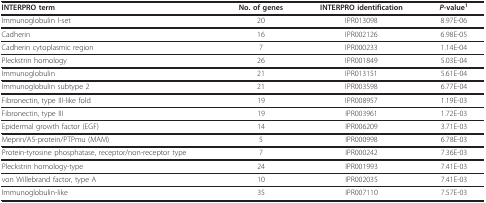
| INTERPRO term | No. of genes | INTERPRO identification | P-value1 |
 | --- | --- | --- | --- |
 | Immunoglobulin I-set | 20 | IPR013098 | 8.97E-06 |
 | Cadherin | 16 | IPR002126 | 6.98E-05 |
 | Cadherin cytoplasmic region | 7 | IPR000233 | 1.14E-04 |
 | Pleckstrin homology | 26 | IPR001849 | 5.03E-04 |
 | Immunoglobulin | 21 | IPR013151 | 5.61E-04 |
 | Immunoglobulin subtype 2 | 21 | IPR003598 | 6.77E-04 |
 | Fibronectin, type III-like fold | 19 | IPR008957 | 1.19E-03 |
 | Fibronectin, type III | 19 | IPR003961 | 1.72E-03 |
 | Epidermal growth factor (EGF) | 14 | IPR006209 | 3.71E-03 |
 | Meprin/A5-protein/PTPmu (MAM) | 5 | IPR000998 | 6.78E-03 |
 | Protein-tyrosine phosphatase, receptor/non-receptor type | 7 | IPR000242 | 7.36E-03 |
 | Pleckstrin homology-type | 24 | IPR001993 | 7.41E-03 |
 | von Willebrand factor, type A | 10 | IPR002035 | 7.41E-03 |
 | Immunoglobulin-like | 35 | IPR007110 | 7.57E-03 |